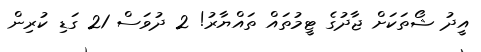
އީދު ޝޯތަކަށް ޖާދުގެ ޓީމުތައް ތައްޔާރު! 2 ދުވަސް 21 ގަޑި ކުރިން